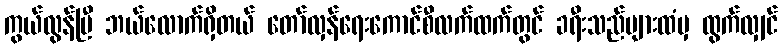
ကွယ်လွန်ပြီ ဘယ်လောက်ရှိတယ် တော်လှန်ရေးကောင်စီလက်ထက်တွင် ခရီးသည်များထံမှ ထွက်လျှင်